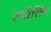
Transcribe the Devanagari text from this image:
ल्योर्लिग